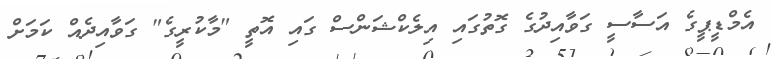
އެމްޑީޕީގެ އަސާސީ ގަވާއިދުގެ ގޮތުގައި އިލެކްޝަންސް ގައި އޮތީ "މާކުރީގެ" ގަވާއިދެއް ކަމަށް